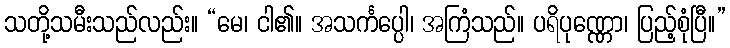
သတို့သမီးသည်လည်း။ “မေ၊ ငါ၏။ အသင်္ကပ္ပေါ၊ အကြံသည်။ ပရိပုဏ္ဏော၊ ပြည့်စုံပြီ။”